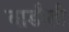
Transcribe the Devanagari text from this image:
बाडौली